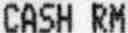
CASH RM